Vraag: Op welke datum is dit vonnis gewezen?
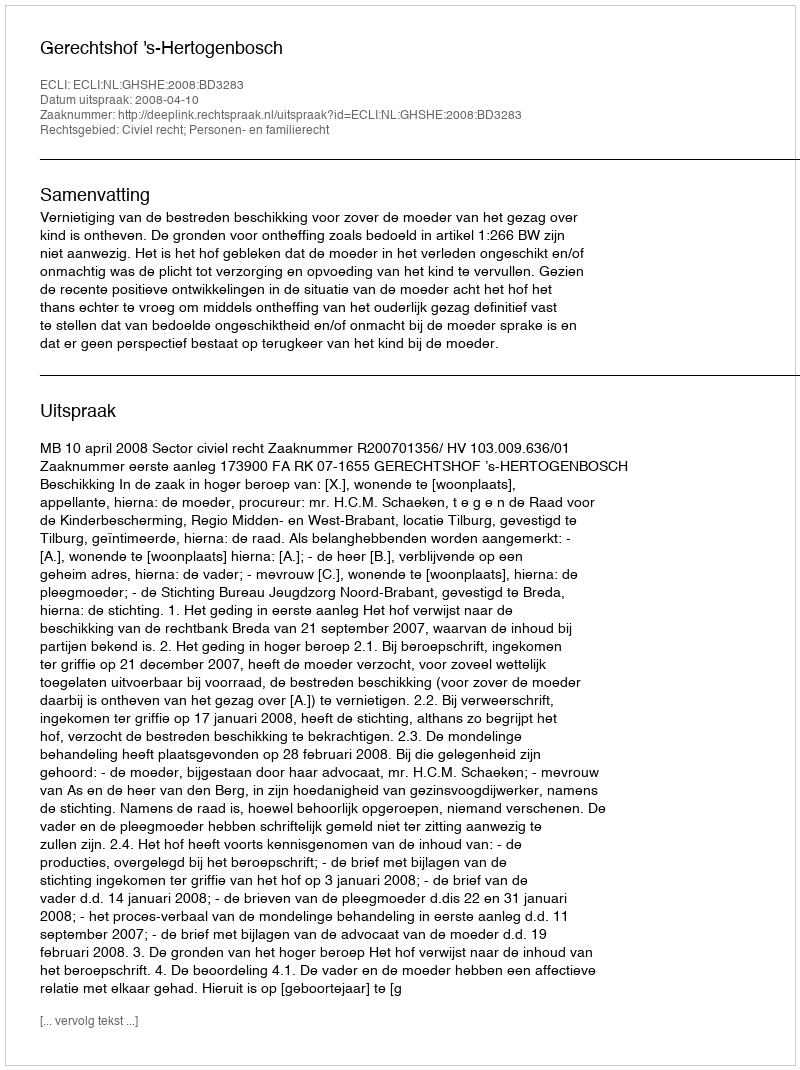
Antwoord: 2008-04-10